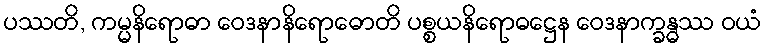
ပဿတိ, ကမ္မနိရောဓာ ဝေဒနာနိရောဓောတိ ပစ္စယနိရောဓဋ္ဌေန ဝေဒနာက္ခန္ဓဿ ဝယံ